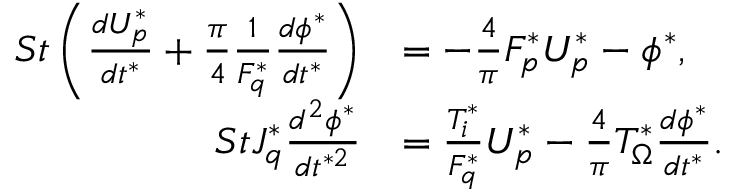
\begin{array} { r l } { S t \left( \frac { d U _ { p } ^ { * } } { d t ^ { * } } + \frac { \pi } { 4 } \frac { 1 } { F _ { q } ^ { * } } \frac { d \phi ^ { * } } { d t ^ { * } } \right) } & { = - \frac { 4 } { \pi } F _ { p } ^ { * } U _ { p } ^ { * } - \phi ^ { * } , } \\ { S t J _ { q } ^ { * } \frac { d ^ { 2 } \phi ^ { * } } { d t ^ { * 2 } } } & { = \frac { T _ { i } ^ { * } } { F _ { q } ^ { * } } U _ { p } ^ { * } - \frac { 4 } { \pi } T _ { \Omega } ^ { * } \frac { d \phi ^ { * } } { d t ^ { * } } . } \end{array}